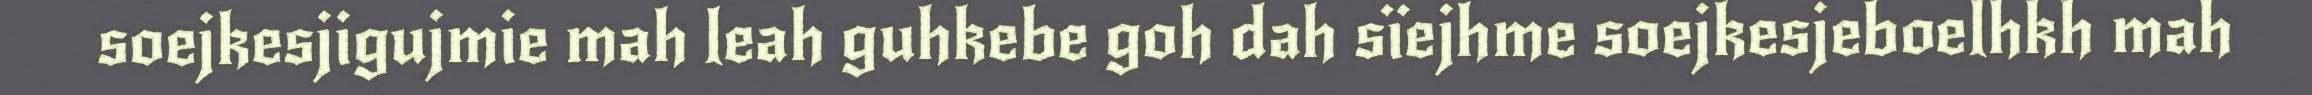
soejkesjigujmie mah leah guhkebe goh dah sïejhme soejkesjeboelhkh mah